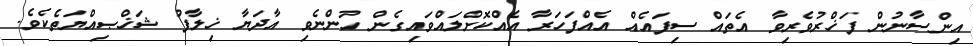
އިންސާނުން ފަޚްރުވެރިވާ އެތައް ސިފައެއް އެއްފަހަރާ އެއްކޮށްލައްވައިގެން ހުންނެވި އާދަޔާ ޚިލާފު ޝަޚްޞިއްޔަތެކެވެ.